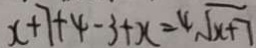
x + 7 + 4 - 3 + x = 4 \sqrt { x + 7 }